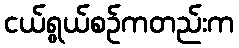
ငယ်ရွယ်စဉ်ကတည်းက